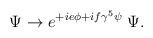
\begin{align*}\Psi \rightarrow e^{+ie\phi + if\gamma^5 \psi} \; \Psi .\end{align*}